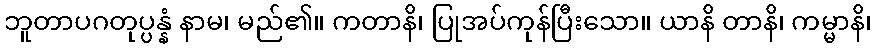
ဘူတာပဂတုပ္ပန္နံ နာမ၊ မည်၏။ ကတာနိ၊ ပြုအပ်ကုန်ပြီးသော။ ယာနိ တာနိ၊ ကမ္မာနိ၊